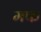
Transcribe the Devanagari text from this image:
मफ